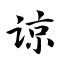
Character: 谅